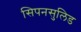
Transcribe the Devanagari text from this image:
सिपनसुलिड